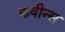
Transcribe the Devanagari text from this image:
कवीन्स